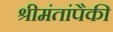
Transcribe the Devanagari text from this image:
श्रीमंतांपैकी